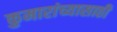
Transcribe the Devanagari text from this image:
कुमारांच्यासाठी